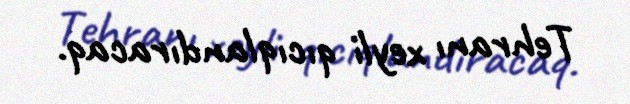
Tehranı xeyli qıcıqlandıracaq.